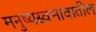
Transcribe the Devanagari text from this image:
मनुष्यस्वभावातील